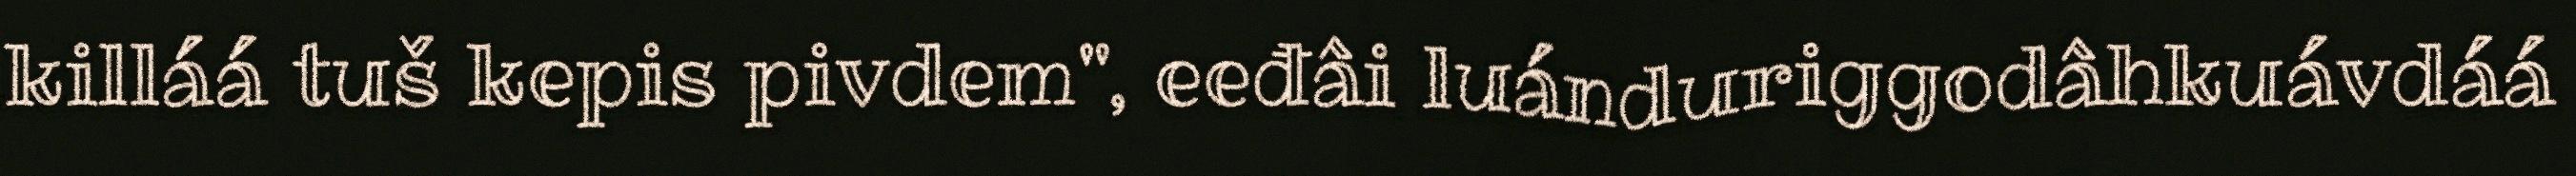
killáá tuš kepis pivdem", eeđâi luánduriggodâhkuávdáá